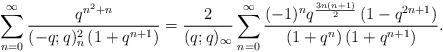
LaTeX: \begin{align*}\sum_{n=0}^\infty \frac{q^{n^2+n}}{(-q;q)_n^2\left(1+q^{n+1}\right)}&=\frac{2}{(q;q)_\infty}\sum_{n=0}^\infty \frac{(-1)^nq^{\frac{3n(n+1)}{2}} \left(1-q^{2n+1}\right)}{\left(1+q^n\right)\left(1+q^{n+1}\right)}.\end{align*}